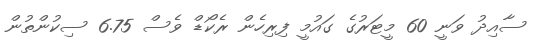
ސާއިދު ވަނީ 60 މީޓަރުގެ ގައުމީ ފިރިހެން ރެކޯޑް ވެސް 6.75 ސިކުންތުން